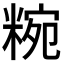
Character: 𥺹